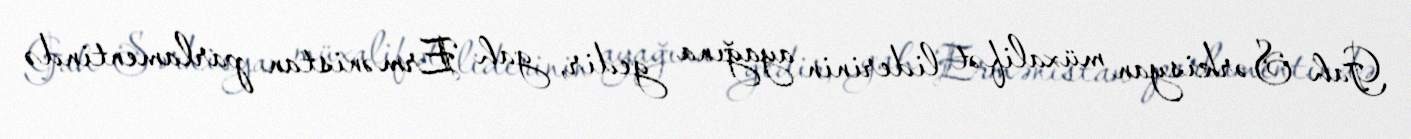
Gah Sərkisyan müxalifət liderinin ayağına gedir, gah Ermənistan parlamentində